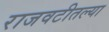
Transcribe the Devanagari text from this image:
राजवटीतल्या